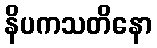
နိပကသတိနော